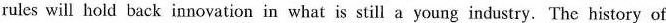
rulcs will hold back innovation in what is still a young industry. The history of